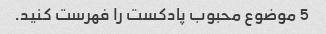
5 موضوع محبوب پادکست را فهرست کنید.